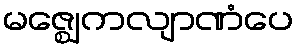
မဇ္ဈေကလျာဏံပေ